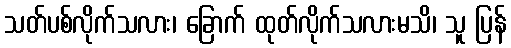
သတ်ပစ်လိုက်သလား၊ ခြောက် ထုတ်လိုက်သလားမသိ၊ သူ ပြန်